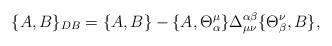
LaTeX: \begin{align*}\{A,B\}_{DB}=\{A,B\}-\{A,\Theta _\alpha ^\mu\}\Delta _{\mu\nu}^{\alpha \beta }\{\Theta _\beta ^\nu, B\} ,\end{align*}